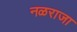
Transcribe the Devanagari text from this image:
नळराजा